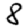
Digit: 8